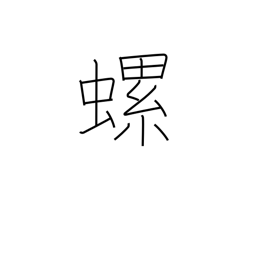
Meaning: small, edible, helical fresh-water mollusk